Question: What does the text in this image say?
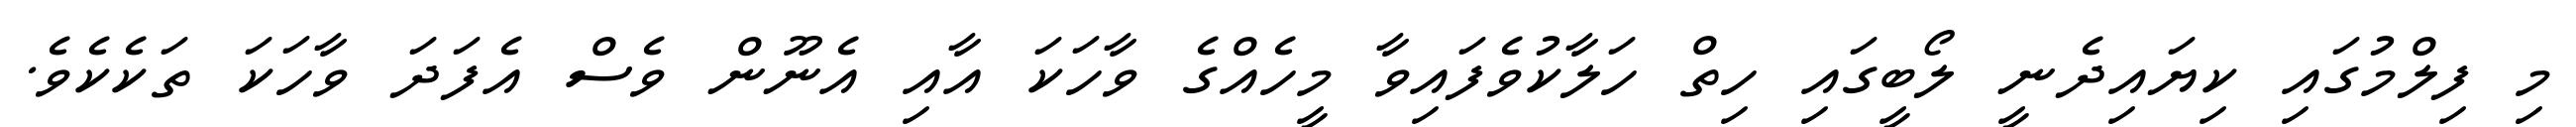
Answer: މި ފިލްމުގައި ކިޔައިދެނީ ލޯބީގައި ހިތް ހަލާކުވެފައިވާ މީހެއްގެ ވާހަކަ އާއި އެނޫން ވެސް އެފަދަ ވާހަކަ ތަކެކެވެ.